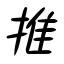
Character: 推